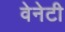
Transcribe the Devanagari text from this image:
वेनेटी